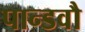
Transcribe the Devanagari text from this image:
पान्डवौ